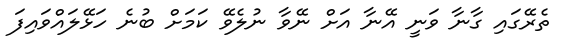
ތެރޭގައި ގާނާ ވަނީ އޭނާ އަށް ނޭވާ ނުލެވޭ ކަމަށް ބުނެ ހަޅޭލައްވައިފަ